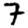
Digit: 7